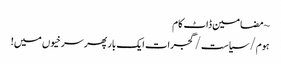
~ مضامین ڈاٹ کام
ہوم/سیاست/گجرات ایک بار پھر سرخیوں میں!